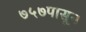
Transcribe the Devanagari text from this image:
७५७पासून